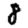
Digit: 8